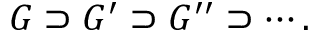
G \supset G ^ { \prime } \supset G ^ { \prime \prime } \supset \cdots .